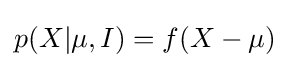
p(X|\mu ,I)=f(X-\mu )